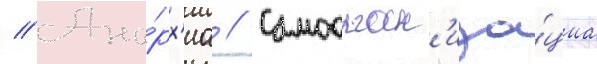
// Ана́рх'иа // Самоорган'иза́циа